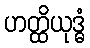
ဟတ္ထိယုဒ္ဓံ